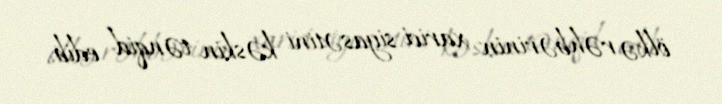
ölkə rəhbərinin xarici siyasətini kəskin tənqid edib.